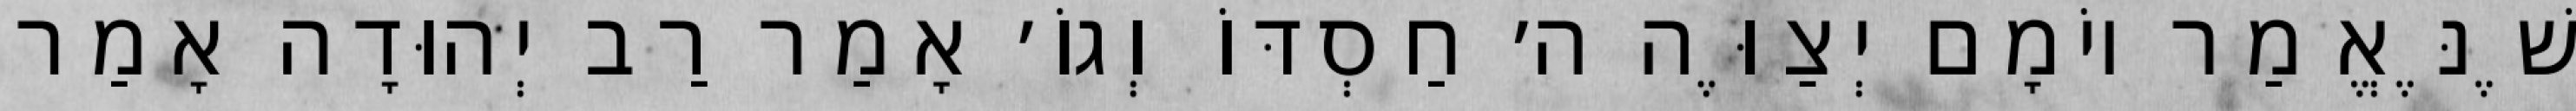
שֶׁנֶּאֱמַר יוֹמָם יְצַוֶּה ה׳ חַסְדּוֹ וְגוֹ׳ אָמַר רַב יְהוּדָה אָמַר